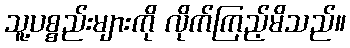
သူ့ပစ္စည်းများကို လိုက်ကြည့်မိသည်။